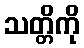
သတ္တိကို